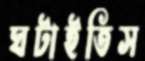
ঘটাইতিস